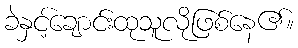
ခဲနှင့်ချောင်းထုသူလိုဖြစ်နေ၏။